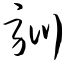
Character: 驯